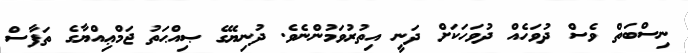
ނިސްބަތް ވެސް ދުވަހެއް ދުވަހަކަށް ދަނީ އިތުރުވަމުންނެވެ. ދުނިޔޭގެ ޞިއްޙަތު ޖަމްޢިއްޔާގެ ތަފާސް